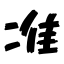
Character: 准